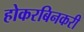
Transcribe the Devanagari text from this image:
होकरबिनकरी